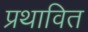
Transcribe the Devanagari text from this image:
प्रथावित